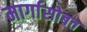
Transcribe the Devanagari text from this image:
मार्गासोबत